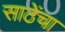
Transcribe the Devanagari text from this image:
साठेंचा